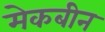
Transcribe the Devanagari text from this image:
मेकबीन